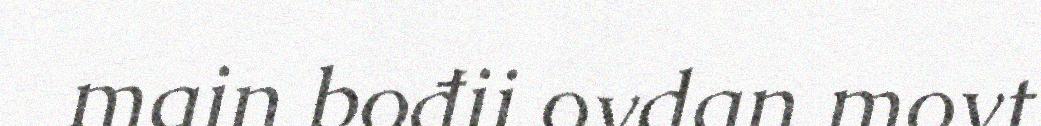
main bođii ovdan movt